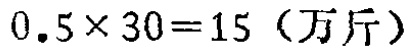
\(0.5\times 30 = 15 \text{（万斤）}\)